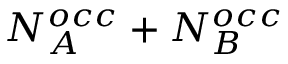
N _ { A } ^ { o c c } + N _ { B } ^ { o c c }